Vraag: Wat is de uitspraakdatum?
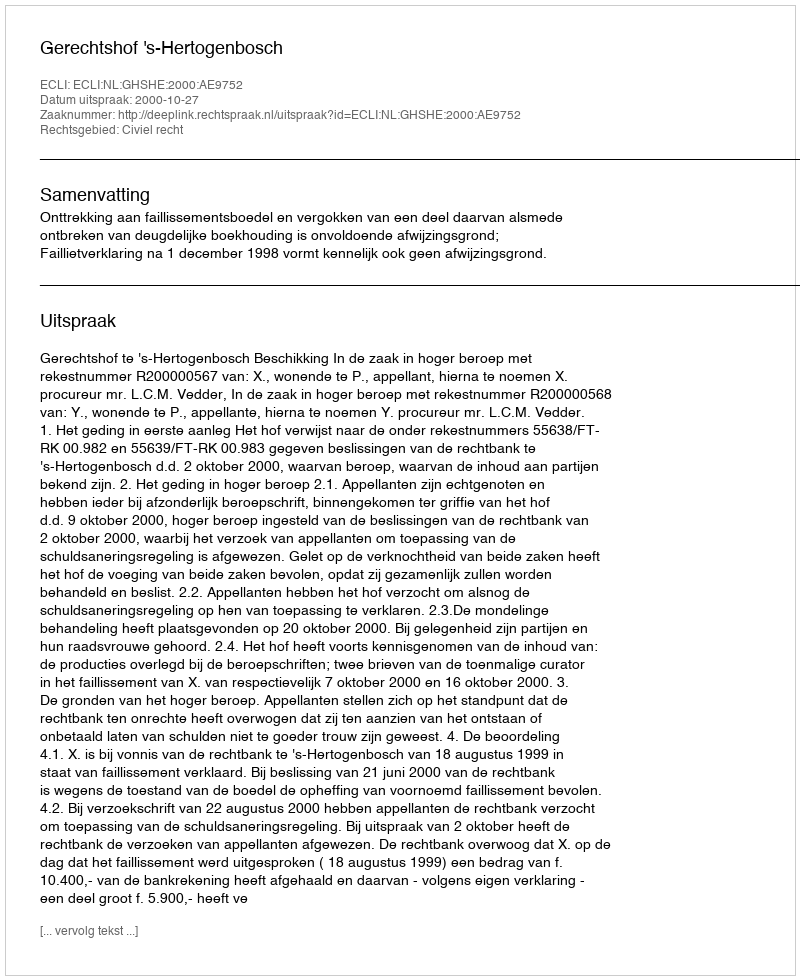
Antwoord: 2000-10-27